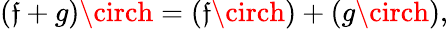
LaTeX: (\mathfrak{f}+g)\circh=(\mathfrak{f}\circh)+(g\circh),